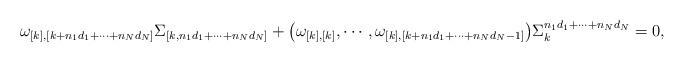
LaTeX: \begin{align*}\omega_{[k],[k+n_1d_1+\cdots +n_Nd_N]}\Sigma_{[k,n_1d_1+\cdots +n_Nd_N]}+\big(\omega_{[k],[k]},\cdots,\omega_{[k],[k+n_1d_1+\cdots +n_Nd_N-1]}\big)\Sigma_k^{n_1d_1+\cdots +n_Nd_N}=0,\end{align*}